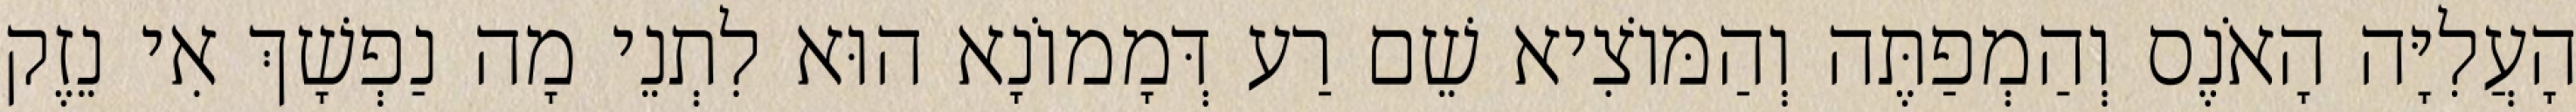
הָעֲלִיָּה הָאֹנֶס וְהַמְפַתֶּה וְהַמּוֹצִיא שֵׁם רַע דְּמָמוֹנָא הוּא לִתְנֵי מָה נַפְשָׁךְ אִי נֵזֶק